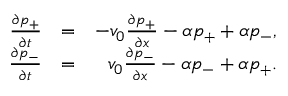
\begin{array} { r l r } { \frac { \partial p _ { + } } { \partial t } } & { = } & { - v _ { 0 } \frac { \partial p _ { + } } { \partial x } - \alpha p _ { + } + \alpha p _ { - } , } \\ { \frac { \partial p _ { - } } { \partial t } } & { = } & { v _ { 0 } \frac { \partial p _ { - } } { \partial x } - \alpha p _ { - } + \alpha p _ { + } . } \end{array}